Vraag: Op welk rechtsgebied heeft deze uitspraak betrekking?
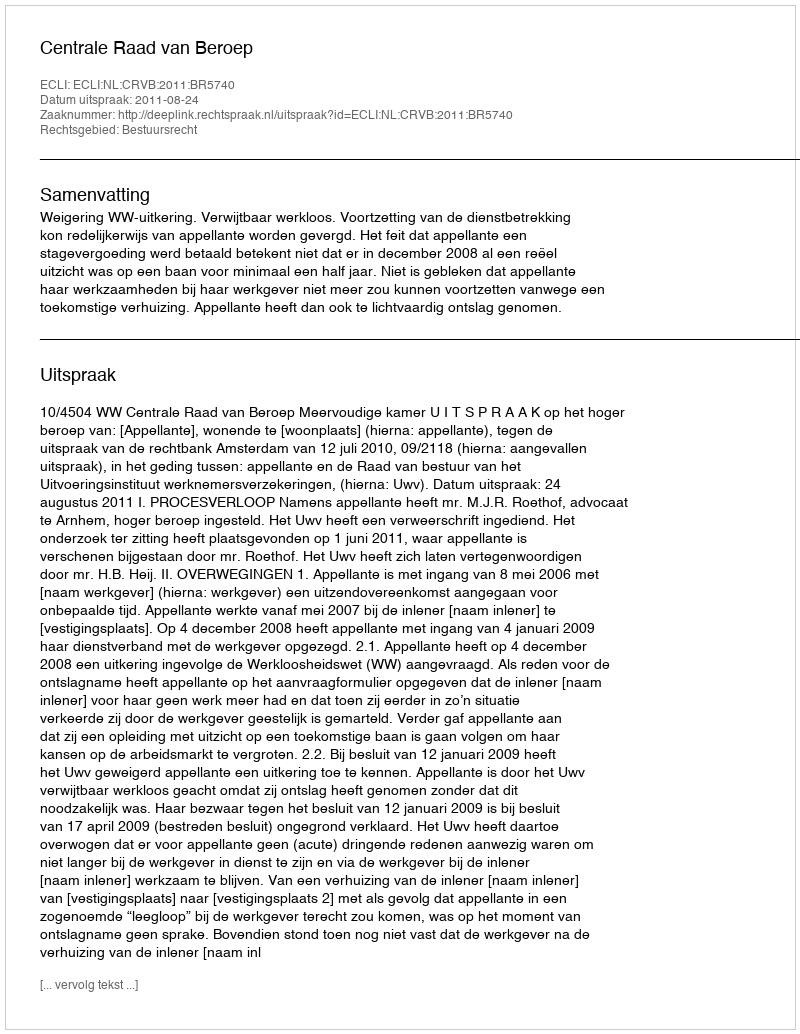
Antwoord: Bestuursrecht